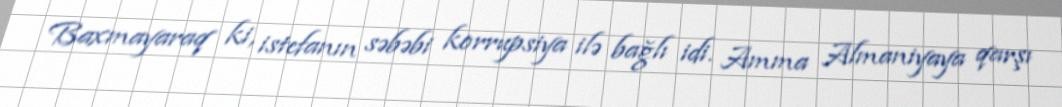
Baxmayaraq ki, istefanın səbəbi korrupsiya ilə bağlı idi. Amma Almaniyaya qarşı